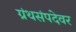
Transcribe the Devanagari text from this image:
ग्रंथसंपदेवर